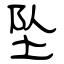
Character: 坠